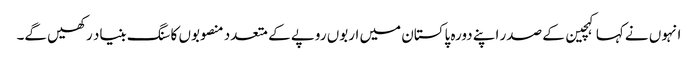
انہوں نے کہا کہچین کے صدر اپنے دورہ پاکستان میں اربوں روپے کے متعدد منصوبوں کا سنگ بنیاد رکھیں گے۔